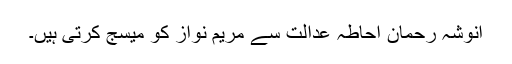
انوشہ رحمان احاطہ عدالت سے مریم نواز کو میسج کرتی ہیں۔